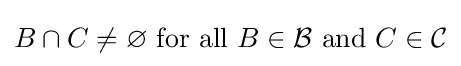
B\cap C\neq \varnothing {\text{ for all }}B\in {\mathcal {B}}{\text{ and }}C\in {\mathcal {C}}